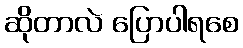
ဆိုတာလဲ ပြောပါရစေ